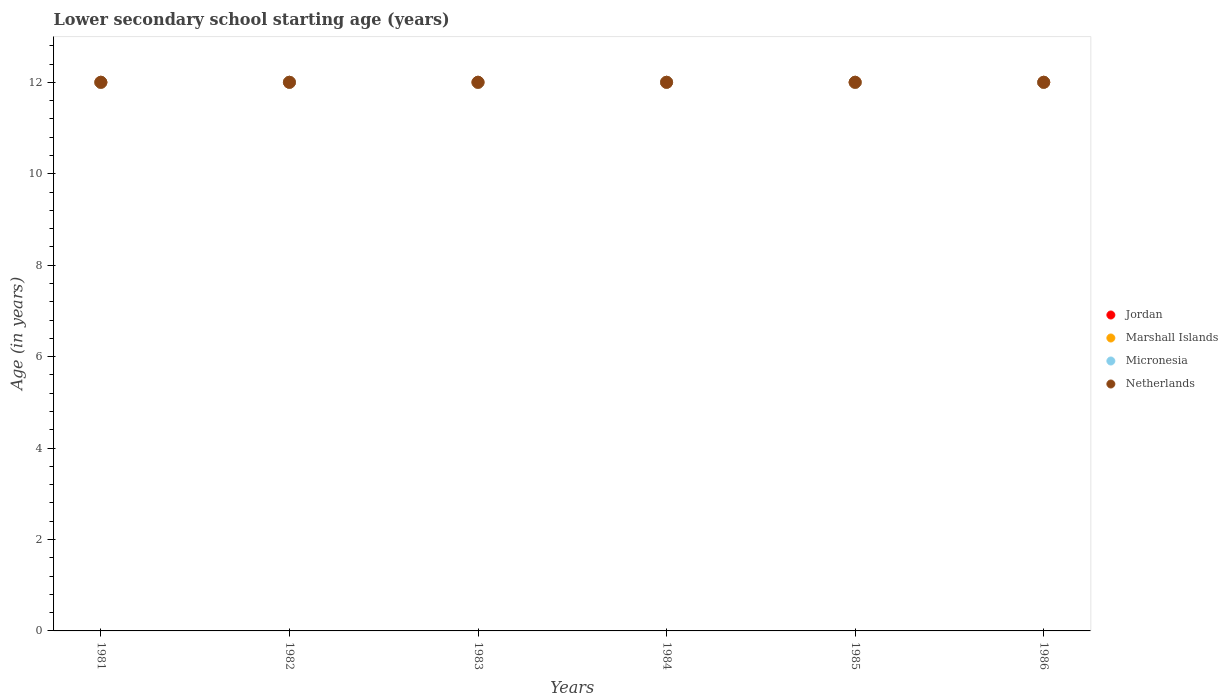
| Years | Jordan | Marshall Islands | Micronesia | Netherlands |
 | --- | --- | --- | --- | --- |
 | 1981 | 12 | 12 | 12 | 12 |
 | 1982 | 12 | 12 | 12 | 12 |
 | 1983 | 12 | 12 | 12 | 12 |
 | 1984 | 12 | 12 | 12 | 12 |
 | 1985 | 12 | 12 | 12 | 12 |
 | 1986 | 12 | 12 | 12 | 12 |